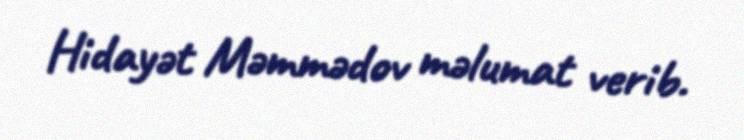
Hidayət Məmmədov məlumat verib.